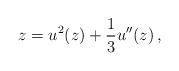
LaTeX: \begin{align*}z = u^{2}(z) + {1\over 3} u''(z)\, ,\end{align*}